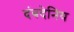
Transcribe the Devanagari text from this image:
दंबदेनिय